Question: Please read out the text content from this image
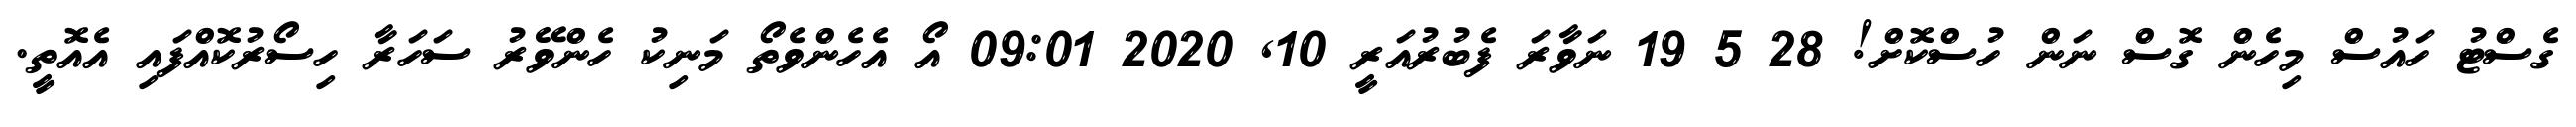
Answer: ގެސްޓު ހައުސް މިހެން ގޮސް ނަން ހުސްކޮށް! 28 5 19 ނަވާރަ ފެބުރުއަރީ 10, 2020 09:01 އޯ އެހެންވެތޯ މަނިކު ހެންވޭރު ސަހަރާ ހިސޯރުކޮއްފައި އެއޮތީ.